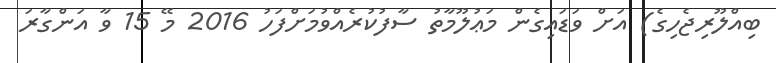
ބިއްލޫރިޖެހިގެ) އަށް ވަޑައިގެން މަޢުލޫމާތު ސާފުކުރެއްވުމަށްފަހު 2016 މޭ 15 ވާ އަންގާރަ